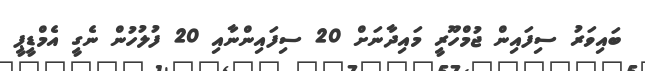
ބައިވަރު ސިފައިން ޖުމްހޫރީ މައިދާނަށް 20 ސިފައިންނާއި 20 ފުލުހުން ނެގީ އެމްޑީޕީ